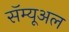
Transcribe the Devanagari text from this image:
सॅम्यूअल